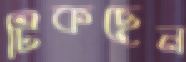
টিকছেন